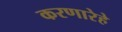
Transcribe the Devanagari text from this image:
करणारेहे